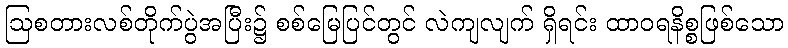
ဩစတားလစ်တိုက်ပွဲအပြီး၌ စစ်မြေပြင်တွင် လဲကျလျက် ရှိရင်း ထာဝရနိစ္စဖြစ်သော